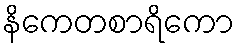
နိကေတစာရိကော